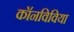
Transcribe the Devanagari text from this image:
कॉनविविया